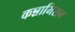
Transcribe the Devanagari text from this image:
कन्नाभिरान